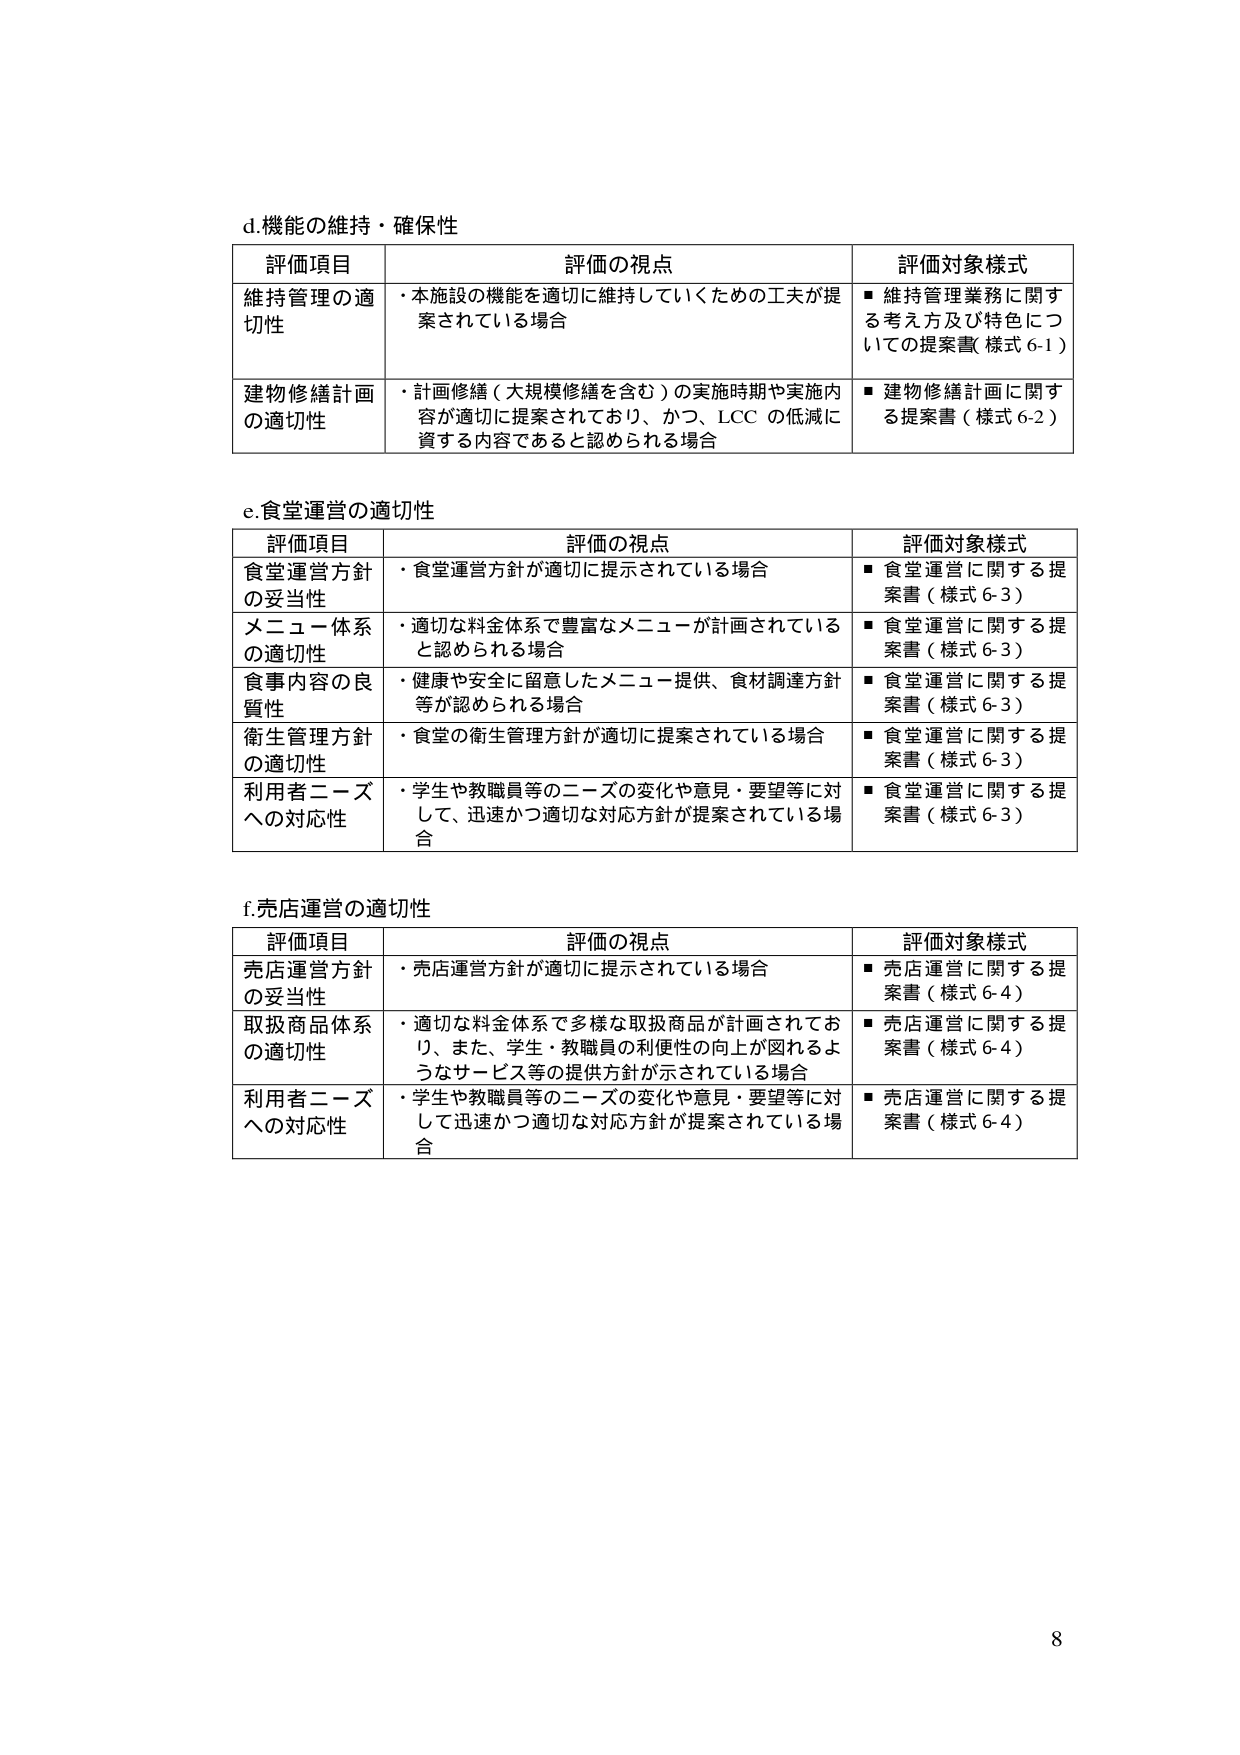
d.機能の維持・確保性

評価項目　　　　　　　　　　　評価の視点　　　　　　　　　　　評価対象様式
維持管理の適切性　　　　　・本施設の機能を適切に維持していくための工夫が提案されている場合　　　■ 維持管理業務に関する考え方及び特色についての提案書（様式 6-1）
建物修繕計画の適切性　　　・計画修繕（大規模修繕を含む）の実施時期や実施内容が適切に提案されており、かつ、LCC の低減に資する内容であると認められる場合　　　■ 建物修繕計画に関する提案書（様式 6-2）

e.食堂運営の適切性

評価項目　　　　　　　　　　　評価の視点　　　　　　　　　　　評価対象様式
食堂運営方針の妥当性　　　　・食堂運営方針が適切に提示されている場合　　　■ 食堂運営に関する提案書（様式 6-3）
メニュー体系の適切性　　　　・適切な料金体系で豊富なメニューが計画されていると認められる場合　　　■ 食堂運営に関する提案書（様式 6-3）
食事内容の良質性　　　　　　・健康や安全に留意したメニュー提供、食材調達方針等が認められる場合　　　■ 食堂運営に関する提案書（様式 6-3）
衛生管理方針の適切性　　　　・食堂の衛生管理方針が適切に提案されている場合　　　■ 食堂運営に関する提案書（様式 6-3）
利用者ニーズへの対応性　　　・学生や教職員等のニーズの変化や意見・要望等に対して、迅速かつ適切な対応方針が提案されている場合　　　■ 食堂運営に関する提案書（様式 6-3）

f.売店運営の適切性

評価項目　　　　　　　　　　　評価の視点　　　　　　　　　　　評価対象様式
売店運営方針の妥当性　　　　・売店運営方針が適切に提示されている場合　　　■ 売店運営に関する提案書（様式 6-4）
取扱商品体系の適切性　　　　・適切な料金体系で多様な取扱商品が計画されており、また、学生・教職員の利便性の向上が図れるようなサービス等の提供方針が示されている場合　　　■ 売店運営に関する提案書（様式 6-4）
利用者ニーズへの対応性　　　・学生や教職員等のニーズの変化や意見・要望等に対して迅速かつ適切な対応方針が提案されている場合　　　■ 売店運営に関する提案書（様式 6-4）

8